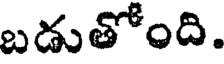
బడుతోంది.